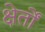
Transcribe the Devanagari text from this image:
क्षेर्तों